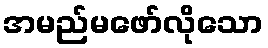
အမည်မဖော်လိုသော